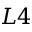
L 4